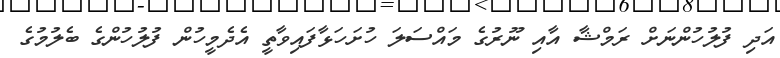
އަދި ފުލުހުންނަށް ރަމްޝާ އާއި ނޫރުގެ މައްސަލަ ހުށަހަޅާފައިވާތީ އެދެމީހުން ފުލުހުންގެ ބެލުމުގެ